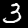
Label: 3